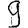
Digit: 9